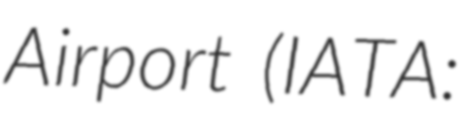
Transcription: Airport (IATA: